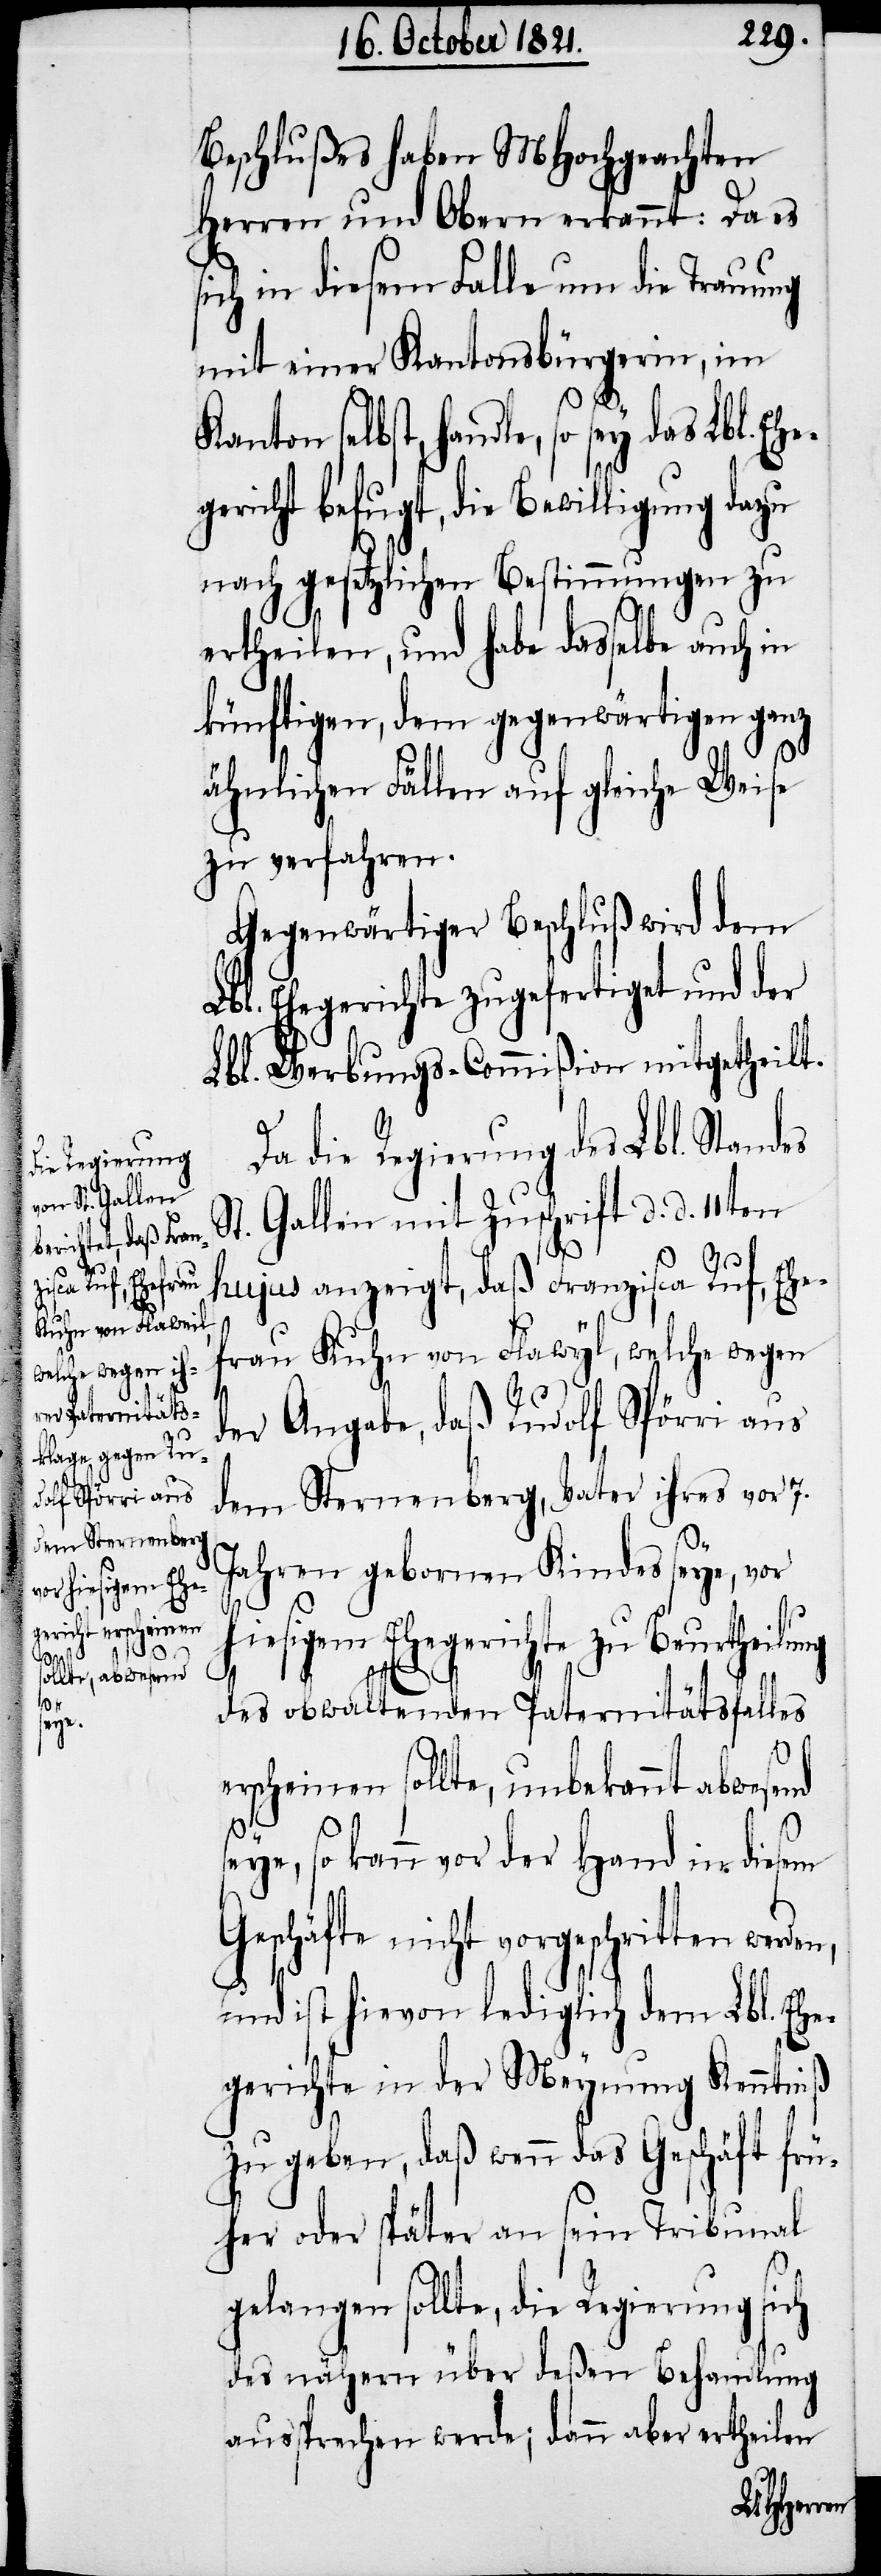
Ehe¬

Beschlußes haben MHochgeachten
Herren und Obern erkannt: Das
sich in diesem Falle um die Trauung
mit einer Kantonsbürgerin, im
Kanton selbst, handle, so sey das Lb¬
gericht befugt, die Bewilligung dazu
nach gesetzlichen Bestimmungen zu
ertheilen, und habe dasselbe auch in
künftigen, dem gegenwärtigen ganz
ähnlichen Fällen auf gleiche Weise
zu verfahren.
Gegenwärtiger Beschluß wird dem
Lbl. Ehegerichte zugefertigt und der
Lbl. Werbungs-Commißion mitgetheilt.
Da die Regierung des Lbl. Standes
St. Gallen mit Zuschrift d. d. 11ten
hujus anzeigt, daß Franzisca Ruf, Ehe¬
frau Kuhn von Flawyl, welche wegen
der Angabe, daß Rudolf Spörri aus
dem Sternenberg, Vater ihres vor 7.
Jahren geborenen Kindes seye, vor
iesigem Ehegerichte zu Beurtheilu¬
ng
des obwaltenden Paternitätsfalles
l.
erscheinen sollte, unbekannt abwesend
s¬
eye, so kann vor der Hand in diesem
Geschäfte nicht vorgeschritten
und ist hievon lediglich dem Lbl. Ehe¬
gerichte in der Meynung Kenntniß
zu geben, daß wenn das Geschäft frü¬
her oder später an sein Tribunal
gelangen sollte, die Regierung sich
des nähern über deßen Behandlung
aussprechen werde; dann aber ertheilen